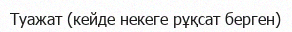
Туажат (кейде некеге рұқсат берген)